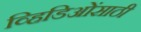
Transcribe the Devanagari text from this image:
व्हिडिओंसाठी